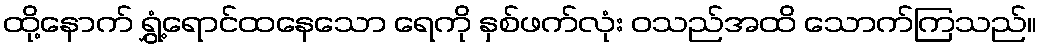
ထို့နောက် ရွှံ့ရောင်ထနေသော ရေကို နှစ်ဖက်လုံး ဝသည်အထိ သောက်ကြသည်။